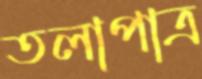
তলাপাত্র